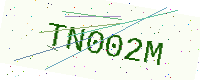
Text: TN002M